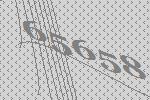
65658